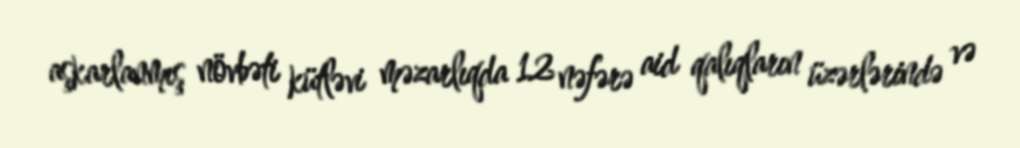
aşkarlanmış növbəti kütləvi məzarlıqda 12 nəfərə aid qalıqların üzərlərində və